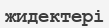
жидектері